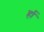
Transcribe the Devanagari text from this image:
र्हा